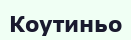
Коутиньо